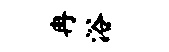
冉浴